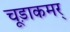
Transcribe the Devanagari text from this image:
चूड़ाकमर्